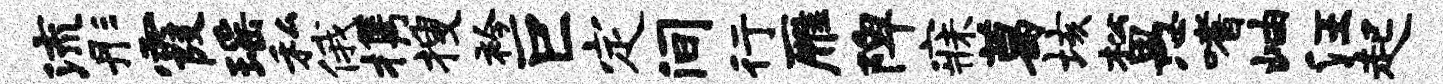
流彤霞瑶私俄携搜衿巨定间行雁陴寐葛垓松愚嗜岫汪起